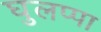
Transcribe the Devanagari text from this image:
घुलप्पा